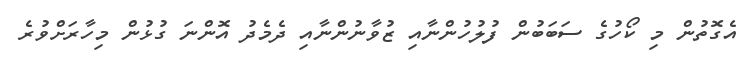
އެގޮތުން މި ކޯހުގެ ސަބަބުުން ފުލުހުންނާއި ޒުވާނުންނާއި ދެމެދު އޮންނަ ގުޅުން މިހާރަށްވުރެ